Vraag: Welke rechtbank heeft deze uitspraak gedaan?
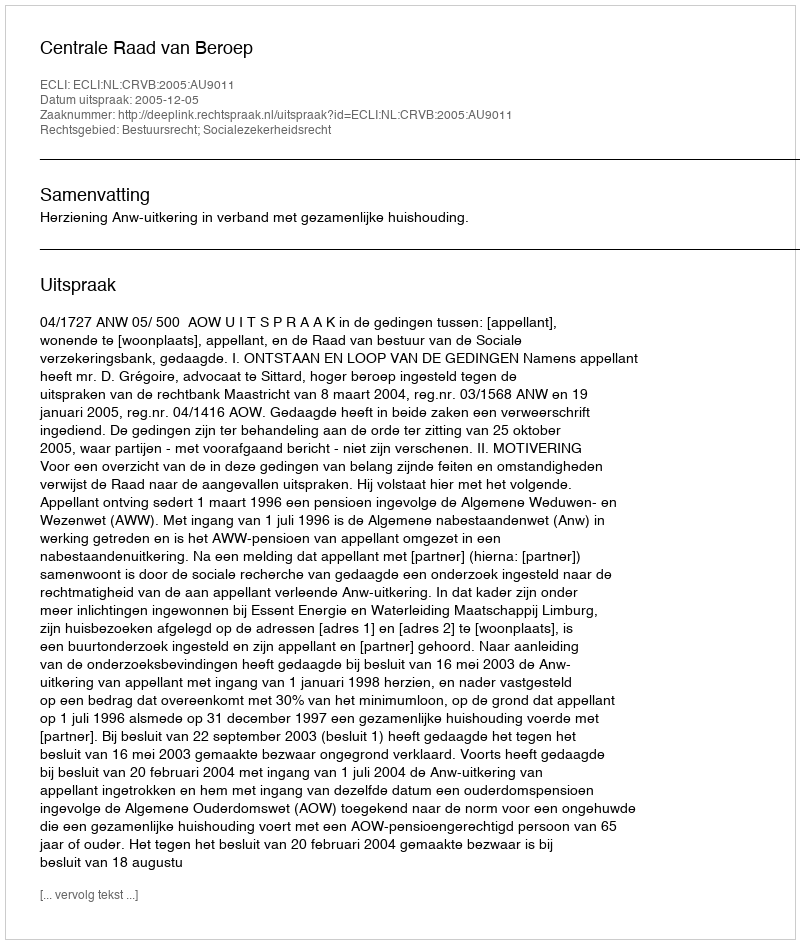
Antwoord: Centrale Raad van Beroep